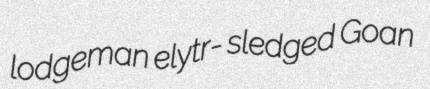
lodgeman elytr- sledged Goan